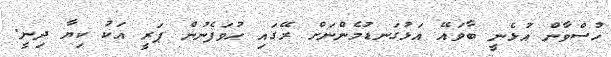
ހުސްވާން އުޅެނީ ބާވައޭ އަޅުގަނޑުމެންނަށް ރޭގައި ހުވަފެނުން ޕަރީ އަކު ކިޔާ ދިނީ.